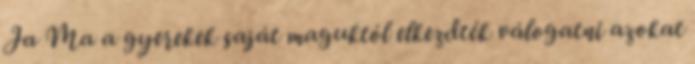
Ja Ma a gyerekek saját maguktól elkezdték válogatni azokat